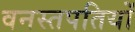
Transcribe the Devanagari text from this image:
वनस्तपतियों